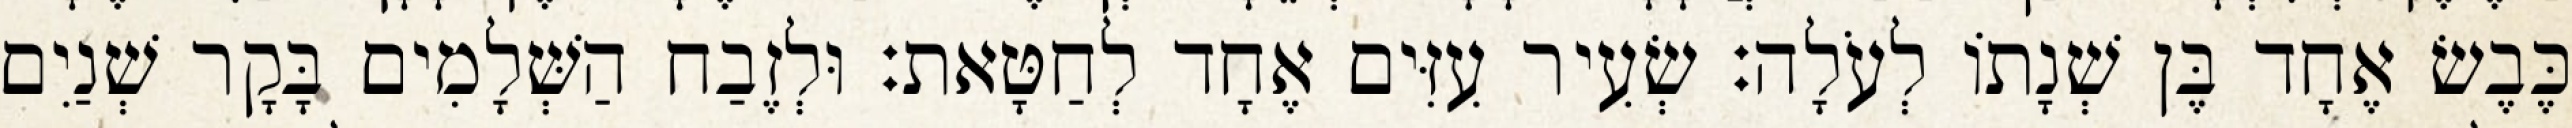
כֶּבֶשׂ אֶחָד בֶּן שְׁנָתוֹ לְעֹלָה׃ שְׂעִיר עִזִּים אֶחָד לְחַטָּאת׃ וּלְזֶבַח הַשְּׁלָמִים בָּקָר שְׁנַיִם